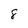
Character: 8